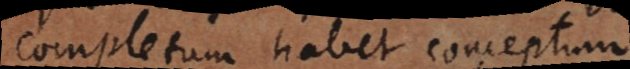
completum habet conceptum.